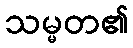
သမ္မတ၏